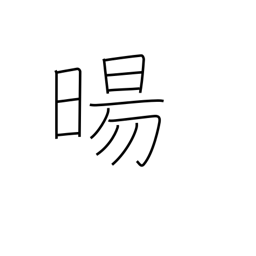
Meaning: sunrise